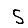
Digit: 5